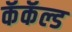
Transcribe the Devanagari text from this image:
कॅकॅल्ड